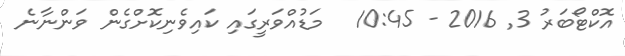
އޮކްޓޯބަރު 3